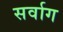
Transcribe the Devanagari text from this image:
सर्वाग